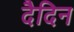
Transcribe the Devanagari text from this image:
दैदिन